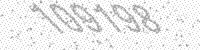
Solution: 109198